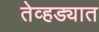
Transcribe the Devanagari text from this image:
तेव्हड्यात